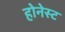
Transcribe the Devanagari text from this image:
होनेस्ट